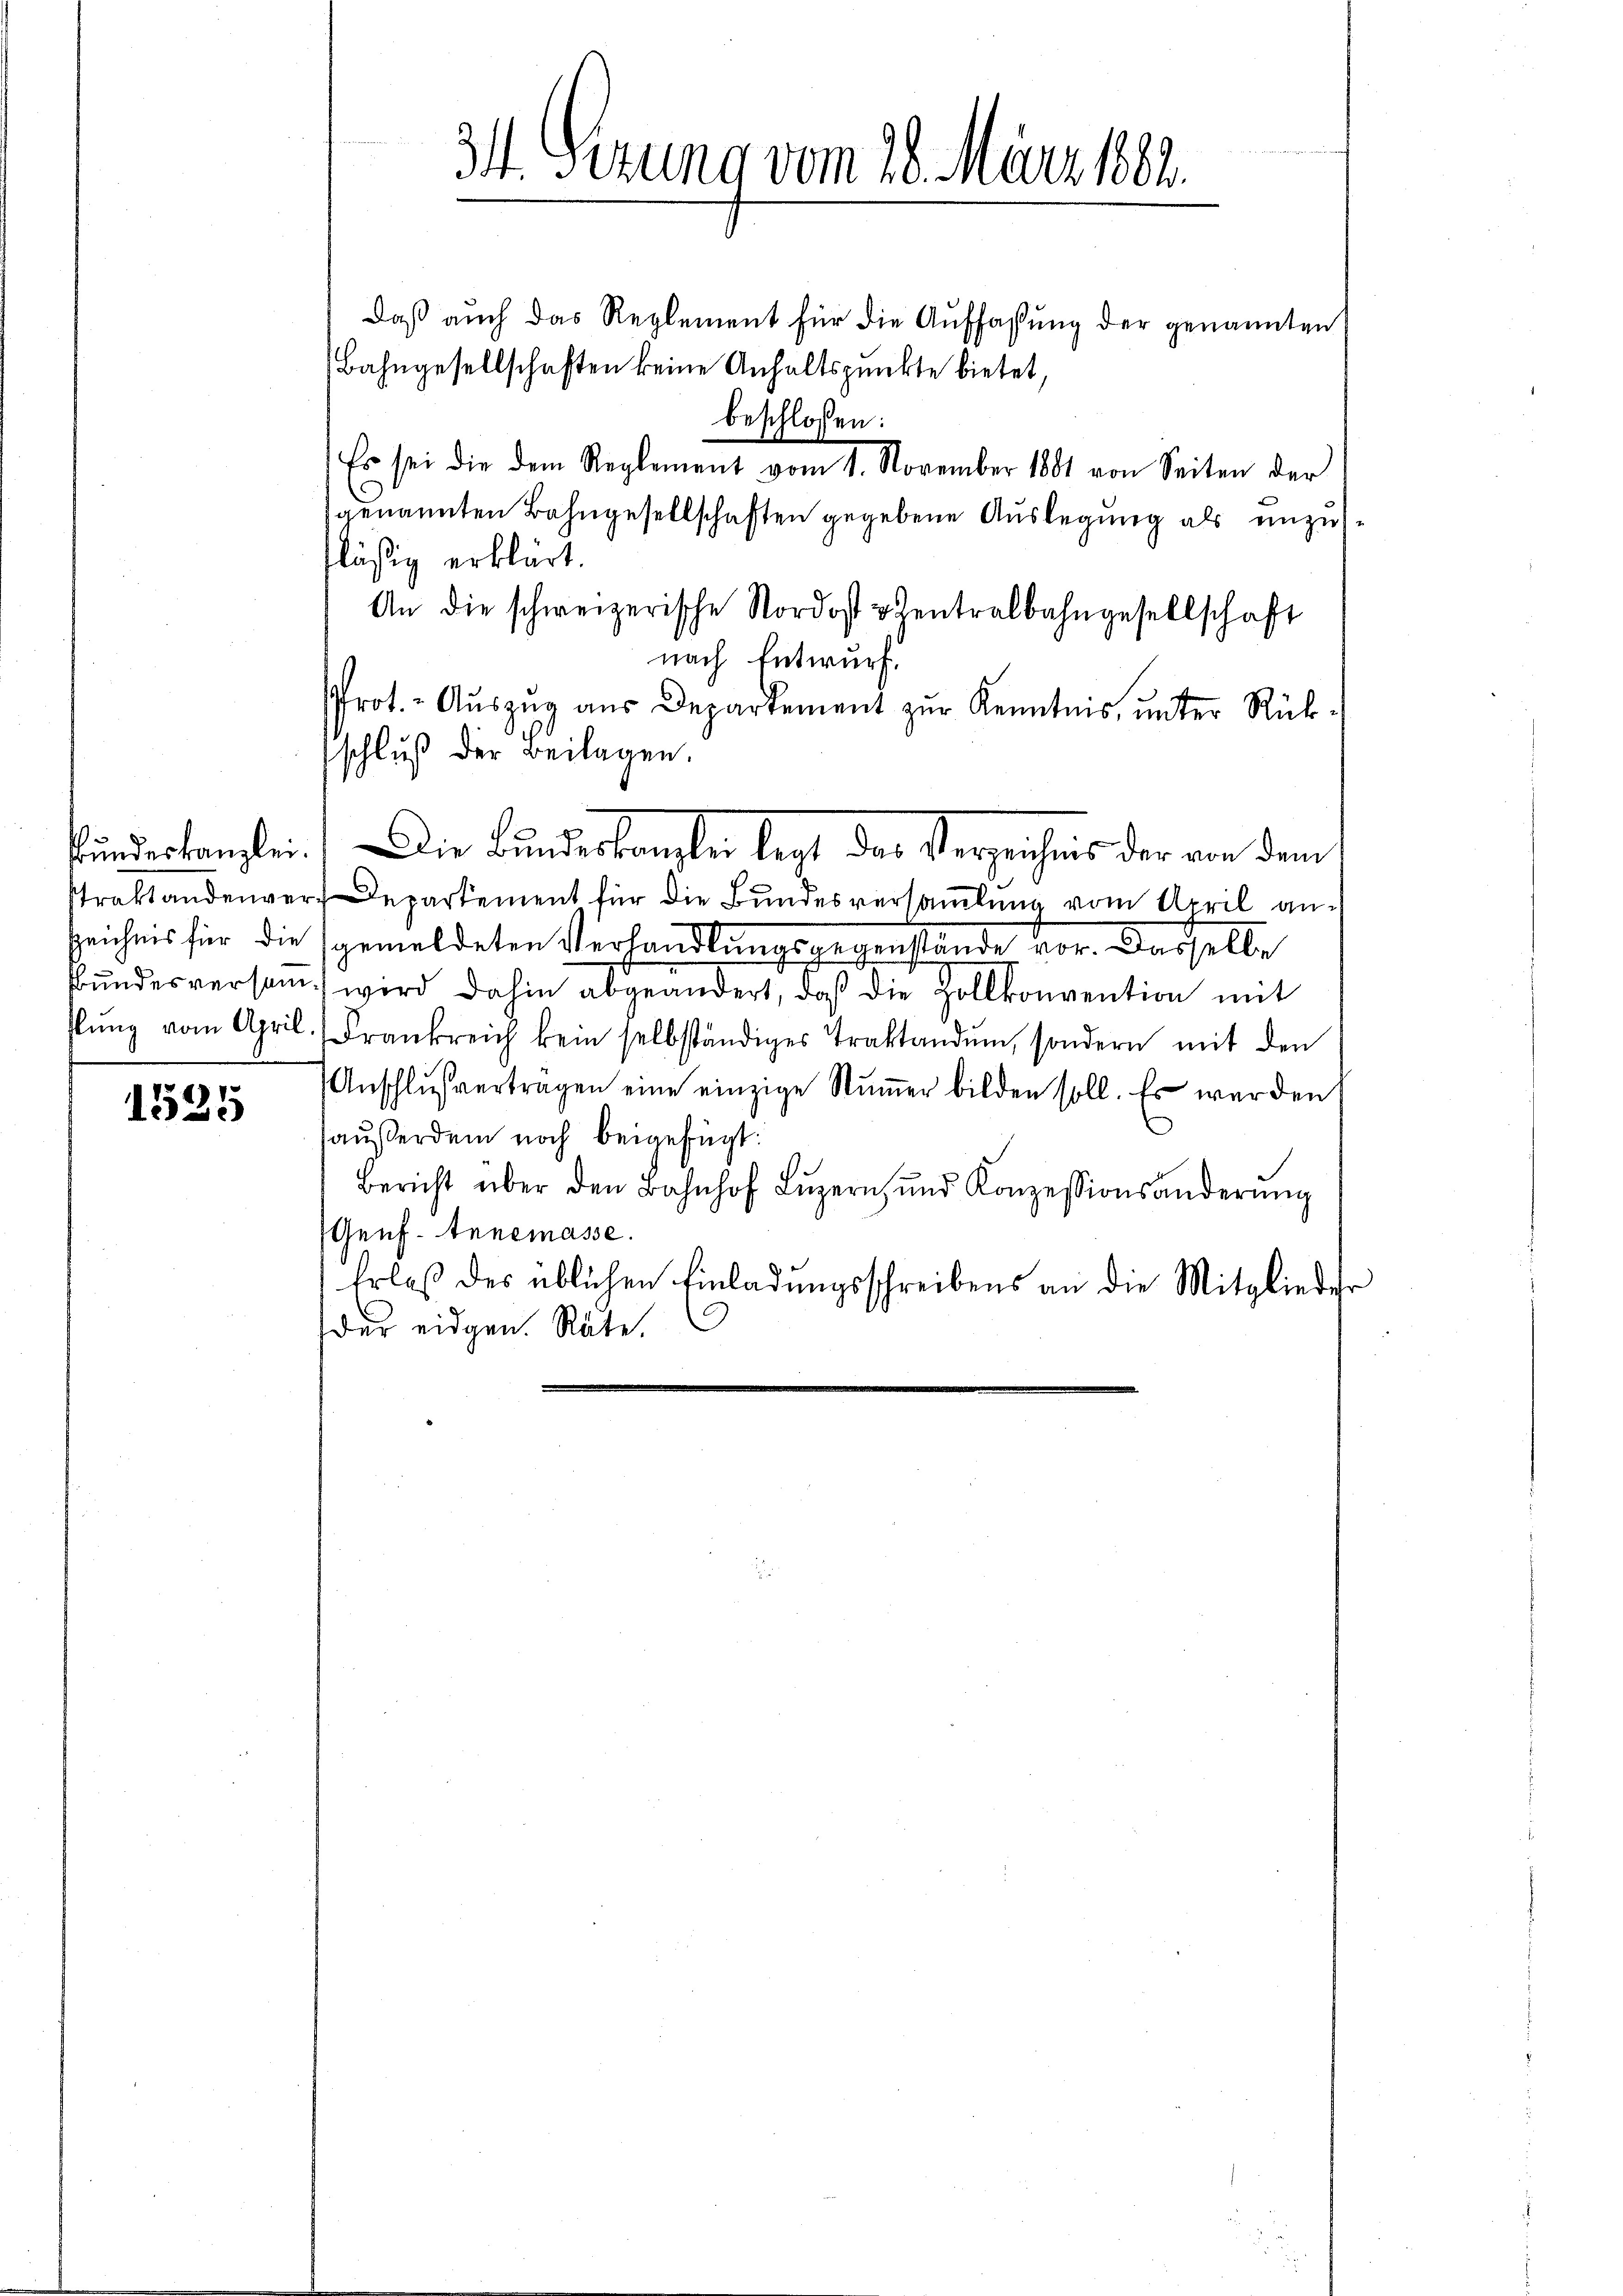
1525

schluß der Beilagen.

34. Sezung vom 28. März 1882.

daß auch das Reglement für die Auffassung der genannten
Bahngesellschaften keine Anhaltspunkte bietet,
beschlossen:
Es sei die dem Reglement vom 1. November 1881 von Seiten der
genannten Bahngesellschaften gegebene Auslegung als unzufläßig erklärt.
An die schweizerische Nordost entralbahngesellschaft
nach Entwurf.
Prot. - Aŭszŭg aŭs Departement zur Kenntnis, unter Rück-
stundeskanzlei. Die Bundeskanzlei legt das Verzeichnis der von dem
straktandenver-Departement für die Bundesversammlung vom April an-
zeichnis für die gemeldeten Verhandlungsgegenstände vor. Dasselbe
Bundesversam wird dahin abgeändert, daß die Zollkonvention mit
slŭng vom April. Frankreich kein selbständiges Traktandum, sondern mit den
Anschlŭverträgen eine einzige Stummer bilden soll. Es werden
haußerdem noch beigefügt:
Bericht über den Bahnhof Lŭzern, und Konzessionsänderŭng
Genf. tenemasse.
Erlaß des üblichen Einladungsschreibens an die Mitglieder
der eidgen. Räte.